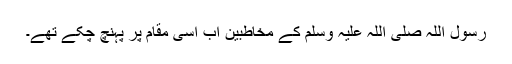
رسول اللہ صلی اللہ علیہ وسلم کے مخاطبین اب اِسی مقام پر پہنچ چکے تھے۔